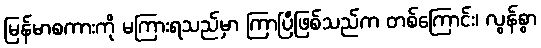
မြန်မာစကားကို မကြားရသည်မှာ ကြာပြီဖြစ်သည်က တစ်ကြောင်း၊ လွန်စွာ